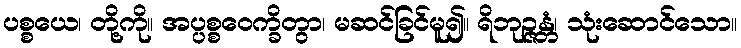
ပစ္စယေ၊ တို့ကို။ အပ္ပစ္စဝေက္ခိတွာ၊ မဆင်ခြင်မူ၍။ ရိဘုဉ္ဇန္တံ၊ သုံးဆောင်သော။